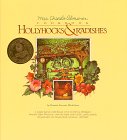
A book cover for Hollyhocks & Radishes: Mrs. Chard's Almanac Cookbook; Bonnie Stewart Mickelson; Cookbooks, Food & Wine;